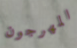
المهرجون